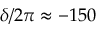
\delta / 2 \pi \approx - 1 5 0